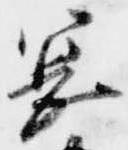
憲